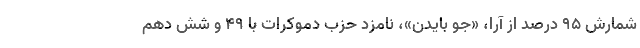
شمارش ۹۵ درصد از آرا، «جو بایدن»، نامزد حزب دموکرات با ۴۹ و شش دهم